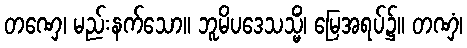
တဏှေ၊ မည်းနက်သော။ ဘူမိပဒေသသ္မိံ၊ မြေအရပ်၌။ တဏှံ၊